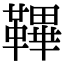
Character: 鞸